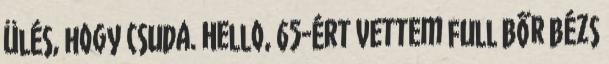
ülés, hogy csuda. Hello, 65-ért vettem full bőr bézs